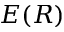
E ( R )